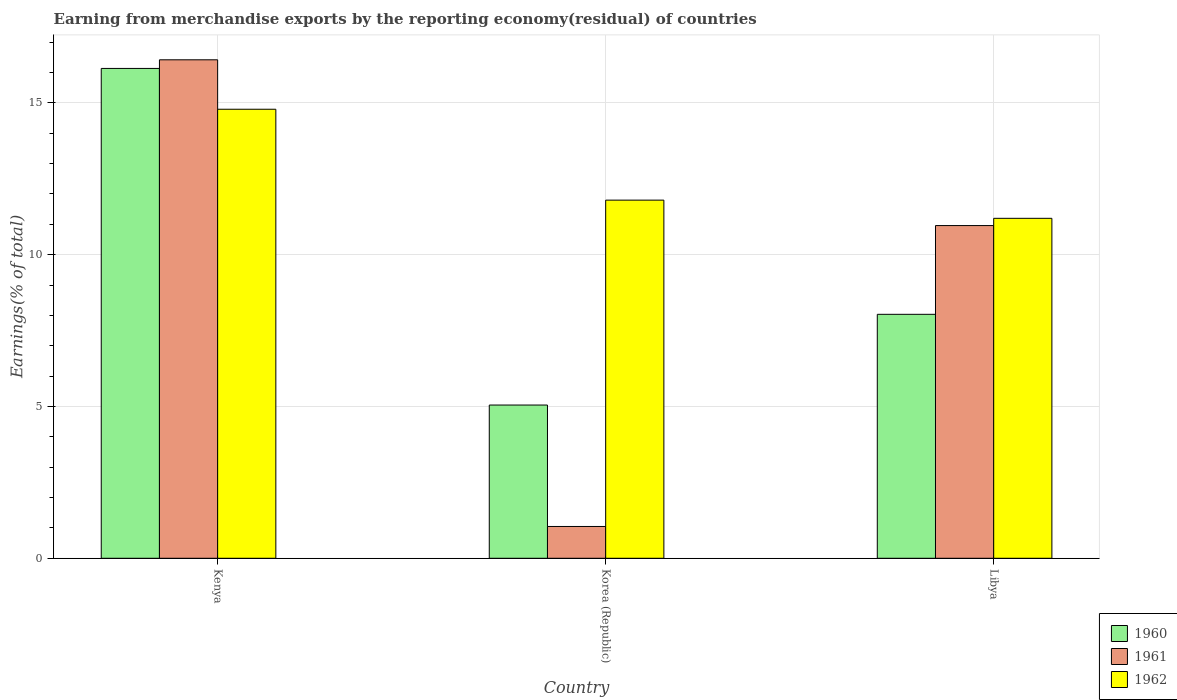
| Country | 1960 | 1961 | 1962 |
 | --- | --- | --- | --- |
 | Kenya | 16.1 | 16.4 | 14.8 |
 | Korea (Republic) | 5.05 | 1.05 | 11.8 |
 | Libya | 8.04 | 11 | 11.2 |